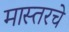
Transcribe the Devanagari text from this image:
मास्तरचे